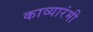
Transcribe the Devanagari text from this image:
काव्यारंमी